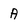
Character: A